65_HS1-834228961_62-HQ-83894_Section_1
Agency: FBI
Page 124
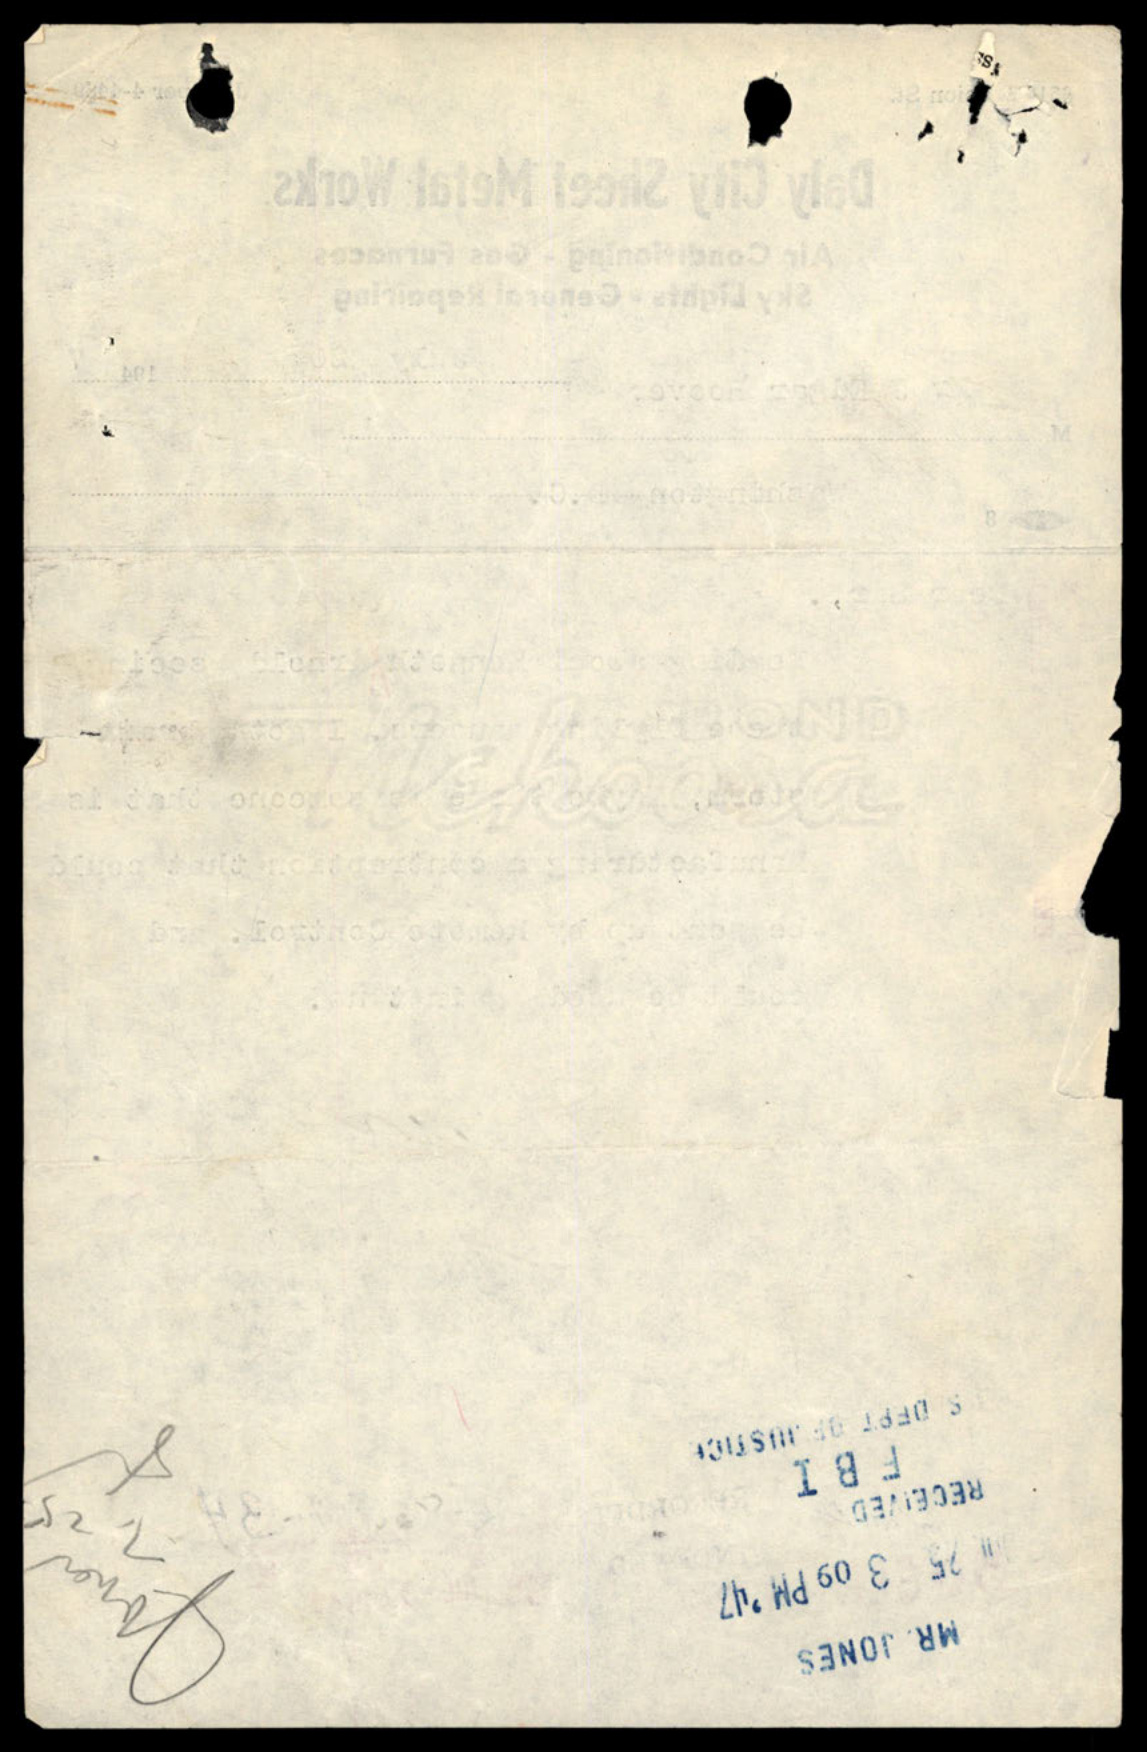